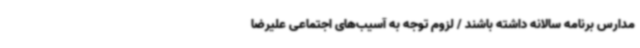
مدارس برنامه سالانه داشته باشند / لزوم توجه به آسیب‌های اجتماعی علیرضا